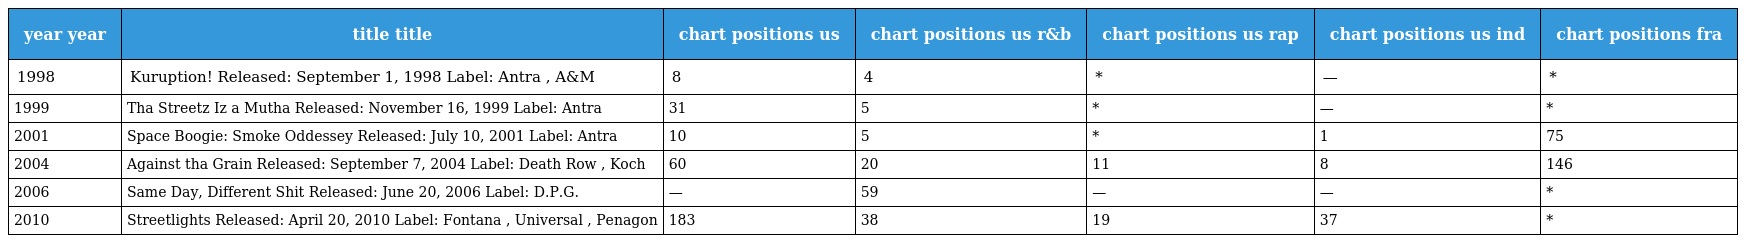
| year year | title title | chart positions us | chart positions us r&b | chart positions us rap | chart positions us ind | chart positions fra |
 | --- | --- | --- | --- | --- | --- | --- |
 | 1998 | Kuruption! Released: September 1, 1998 Label: Antra , A&M | 8 | 4 | * | — | * |
 | 1999 | Tha Streetz Iz a Mutha Released: November 16, 1999 Label: Antra | 31 | 5 | * | — | * |
 | 2001 | Space Boogie: Smoke Oddessey Released: July 10, 2001 Label: Antra | 10 | 5 | * | 1 | 75 |
 | 2004 | Against tha Grain Released: September 7, 2004 Label: Death Row , Koch | 60 | 20 | 11 | 8 | 146 |
 | 2006 | Same Day, Different Shit Released: June 20, 2006 Label: D.P.G. | — | 59 | — | — | * |
 | 2010 | Streetlights Released: April 20, 2010 Label: Fontana , Universal , Penagon | 183 | 38 | 19 | 37 | * |